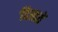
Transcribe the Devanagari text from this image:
दिखतें